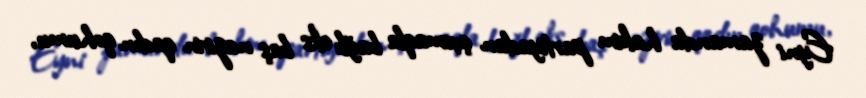
Eyni zamanda hakim partiyadan çıxmaqla bağlı eks baş nazirin qadın qohumu,